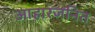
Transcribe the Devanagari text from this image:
आहारजनित